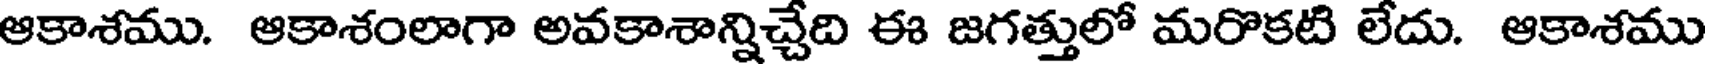
ఆకాశము. ఆకాశంలాగా అవకాశాన్నిచ్చేది ఈ జగత్తులో మరొకటి లేదు. ఆకాశము